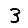
Digit: 3